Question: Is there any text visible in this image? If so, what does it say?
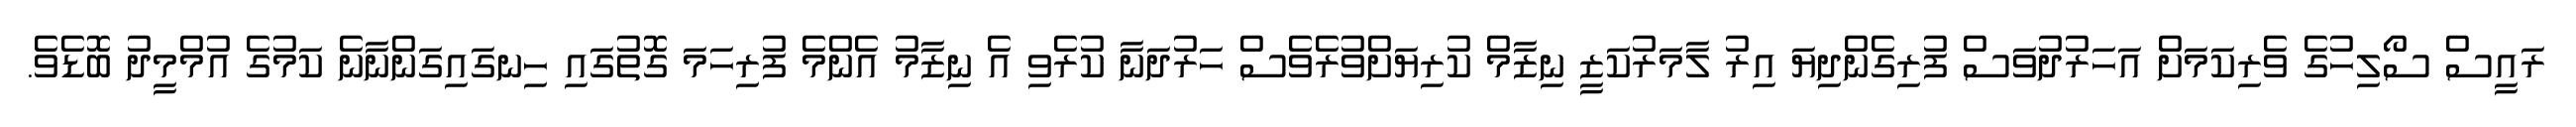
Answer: ރައީސް ސޯލިހުގެ ވެރިކަމަށް އަހަރުދުވަސް ފުރިގެންދިޔަ އިރު ލާމަރުކަޒީ ނިޒާމް ކުރިޔަށްވުރެވެސް ހަރުދަނާ ކުރެވި އެ ނިޒާމު އެންމެ ފުރިހަމަ ގޮތުގައި ހިނގައިގަންނާނެ ކަމުގެ އުމްމީދު ބޮޑެވެ.